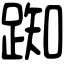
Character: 踟